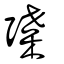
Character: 弽